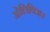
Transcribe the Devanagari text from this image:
ओलिविअर